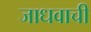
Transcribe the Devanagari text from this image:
जाधवाची